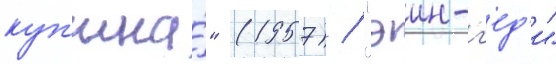
куп'ина́" (1957) / "эин-г'ед'и"